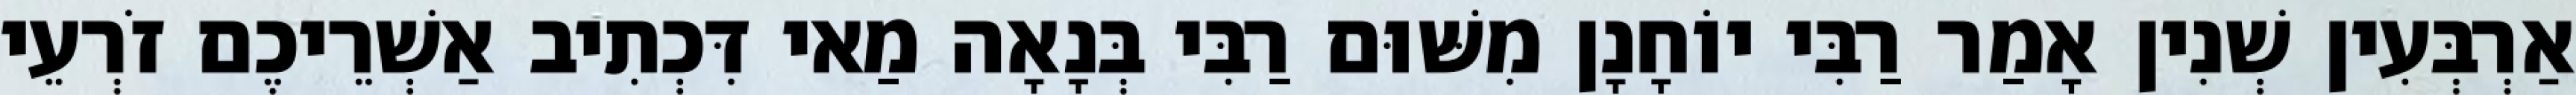
אַרְבְּעִין שְׁנִין אָמַר רַבִּי יוֹחָנָן מִשּׁוּם רַבִּי בְּנָאָה מַאי דִּכְתִיב אַשְׁרֵיכֶם זֹרְעֵי